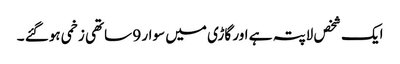
ایک شخص لاپتہ ہے اور گاڑی میں سوار 9 ساتھی زخمی ہوگئے ۔